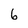
Character: 6